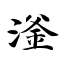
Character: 滏